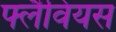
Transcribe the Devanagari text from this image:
फ्लैवियस